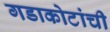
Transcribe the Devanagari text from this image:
गडाकोटांची